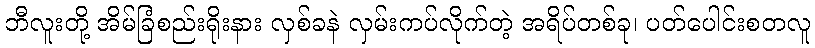
ဘီလူးတို့ အိမ်ခြံစည်းရိုးနား လှစ်ခနဲ လှမ်းကပ်လိုက်တဲ့ အရိပ်တစ်ခု၊ ပတ်ပေါင်းစတလူ